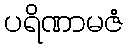
ပရိဏာမဇံ